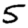
Digit: 5